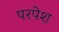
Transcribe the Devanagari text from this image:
परपेश